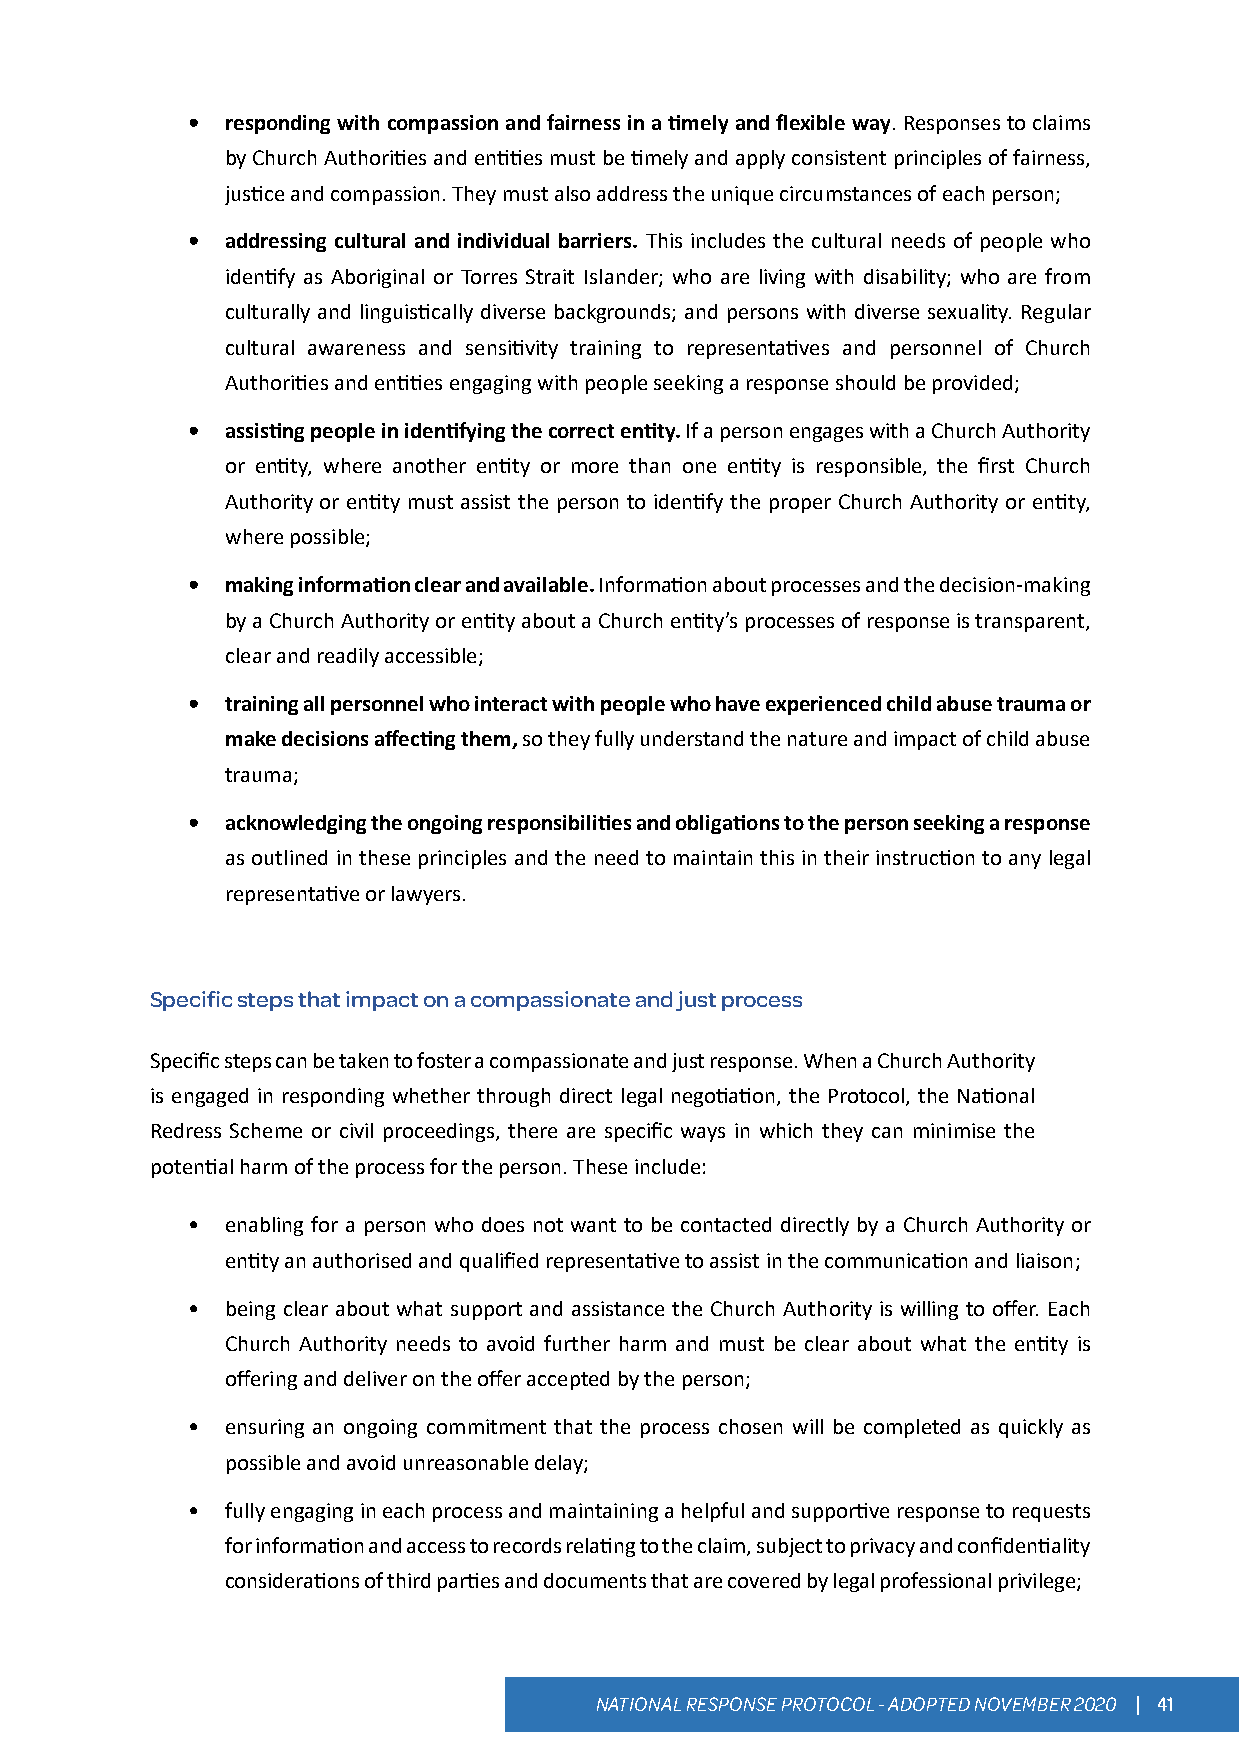
•  responding with compassion and fairness in a timely and flexible way. Responses to claims
 by Church Authorities and entities must be timely and apply consistent principles of fairness,
 justice and compassion. They must also address the unique circumstances of each person;
 •  addressing cultural and individual barriers. This includes the cultural needs of people who
 identify as Aboriginal or Torres Strait Islander; who are living with disability; who are from
 culturally and linguistically diverse backgrounds; and persons with diverse sexuality. Regular
 cultural awareness and sensitivity training to representatives and personnel of Church
 Authorities and entities engaging with people seeking a response should be provided;
 •  assisting people in identifying the correct entity. If a person engages with a Church Authority
 or entity, where another entity or more than one entity is responsible, the first Church
 Authority or entity must assist the person to identify the proper Church Authority or entity,
 where possible;
 •  making information clear and available. Information about processes and the decision-making
 by a Church Authority or entity about a Church entity’s processes of response is transparent,
 clear and readily accessible;
 •  training all personnel who interact with people who have experienced child abuse trauma or
 make decisions affecting them, so they fully understand the nature and impact of child abuse
 trauma;
 •  acknowledging the ongoing responsibilities and obligations to the person seeking a response
 as outlined in these principles and the need to maintain this in their instruction to any legal
 representative or lawyers.
 Specific steps that impact on a compassionate and just process
 Specific steps can be taken to foster a compassionate and just response. When a Church Authority
 is engaged in responding whether through direct legal negotiation, the Protocol, the National
 Redress Scheme or civil proceedings, there are specific ways in which they can minimise the
 potential harm of the process for the person. These include:
 •  enabling for a person who does not want to be contacted directly by a Church Authority or
 entity an authorised and qualified representative to assist in the communication and liaison;
 •  being clear about what support and assistance the Church Authority is willing to offer. Each
 Church Authority needs to avoid further harm and must be clear about what the entity is
 offering and deliver on the offer accepted by the person;
 •  ensuring an ongoing commitment that the process chosen will be completed as quickly as
 possible and avoid unreasonable delay;
 •  fully engaging in each process and maintaining a helpful and supportive response to requests
 for information and access to records relating to the claim, subject to privacy and confidentiality
 considerations of third parties and documents that are covered by legal professional privilege;
 NATIONAL RESPONSE PROTOCOL - ADOPTED NOVEMBER 2020 | 41